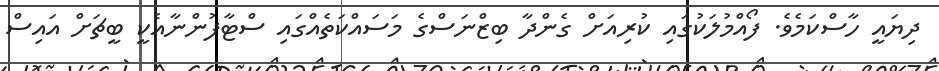
ދިޔައީ ހާސްކަމެވެ. ފޯއްމުލަކުގައި ކުރިއަށް ގެންދާ ބިޒްނަސްގެ މަސައްކަތެއްގައި ސްޓާފުންނާއެކީ ބީޗަށް އައިސް